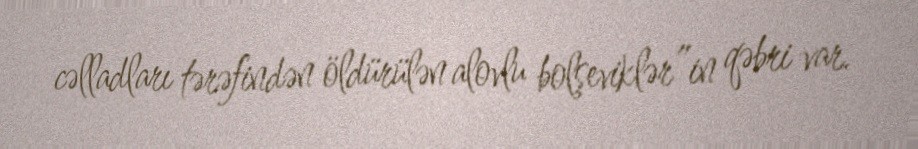
cəlladları tərəfindən öldürülən alovlu bolşeviklər”in qəbri var.